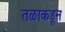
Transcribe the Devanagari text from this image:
तळाकडून